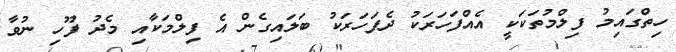
ހިތްގައިމު ފިލްމުތަކަކީ އެއްފަހަރަކު ދެފަހަރަކު ބަލައިގެން އެ ފިލްމަކާއި މެދު ފޫހި ނުވާ